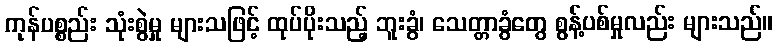
ကုန်ပစ္စည်း သုံးစွဲမှု များသဖြင့် ထုပ်ပိုးသည့် ဘူးခွံ၊ သေတ္တာခွံတွေ စွန့်ပစ်မှုလည်း များသည်။